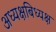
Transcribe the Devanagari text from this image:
अध्यक्षबिध्यक्ष